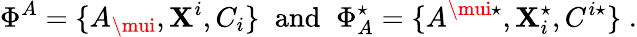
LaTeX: \Phi^{A}=\{ A_{\mui},\mathbf{X}^{i},C_{i}\} \; \; \mathrm{{and}}\; \; \Phi_{A}^{\star}=\{ A^{\mui\star},\mathbf{X}_{i}^{\star},C^{i\star}\} \; .